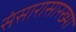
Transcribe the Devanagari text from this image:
संसारासारख्या